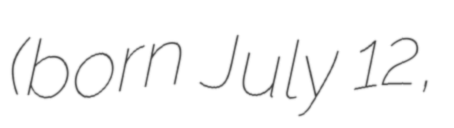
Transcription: (born July 12,